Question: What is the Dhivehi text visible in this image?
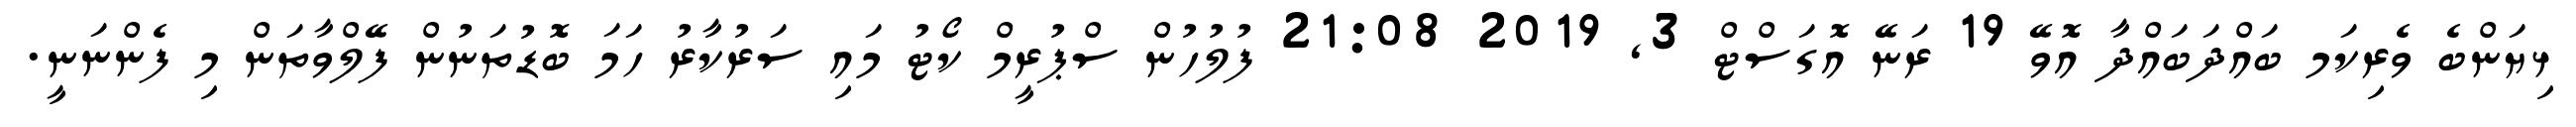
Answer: ޅިޔަންބެ ވެރިކަމ ބައްދަބައްދާ އޮވޭ 19 ރަނޭ އޮގަސްޓް 3, 2019 21:08 ފުލުހުން ސްޕުރީމް ކޯޓު މައި ސަރުކާރު ހަމަ ބޮޑުތަނުން ފޭލްވާތަން މި ފެންނަނީ.